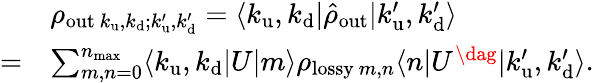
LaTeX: \begin{array}{rl}&{\rho_{\mathrm{out}~k_{\mathrm{u}},k_{\mathrm{d}};k_{\mathrm{u}}^{\prime},k_{\mathrm{d}}^{\prime}}=\langle k_{\mathrm{u}},k_{\mathrm{d}}\vert\hat{\rho}_{\mathrm{out}}\vert k_{\mathrm{u}}^{\prime},k_{\mathrm{d}}^{\prime}\rangle}\\ {=}&{\sum_{m,n=0}^{n_{\mathrm{max}}}\langle k_{\mathrm{u}},k_{\mathrm{d}}\vert U\vert m\rangle\rho_{\mathrm{lossy}~m,n}\langle n\vert U^{\dag}\vert k_{\mathrm{u}}^{\prime},k_{\mathrm{d}}^{\prime}\rangle.}\end{array}